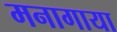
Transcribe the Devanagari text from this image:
मनागाया